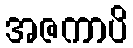
အဇကာပိ